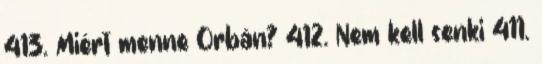
413. Miért menne Orbán? 412. Nem kell senki 411.